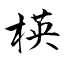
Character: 楧